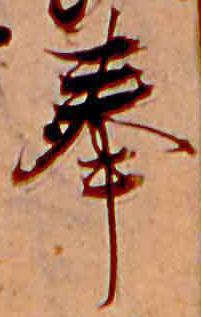
奉